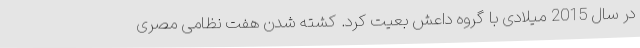
در سال 2015 میلادی با گروه داعش بعیت کرد. کشته شدن هفت نظامی مصری